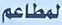
المطاعم